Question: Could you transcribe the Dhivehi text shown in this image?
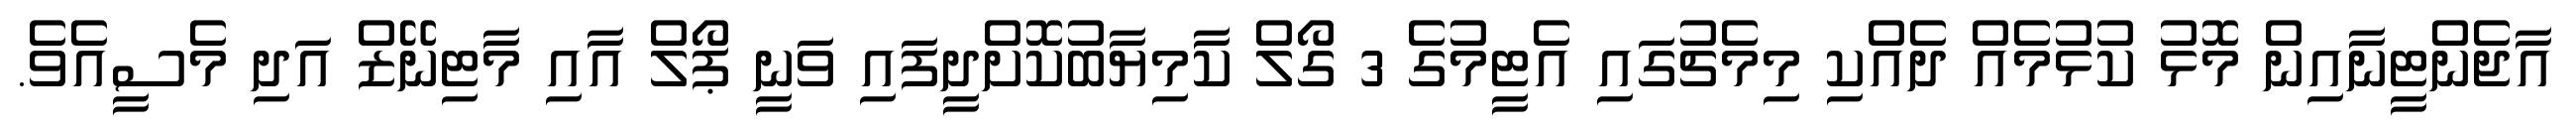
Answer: އާޖެންޓީނާއިން މޮޅު ކުޅުމެއް ދެއްކި މިމެޗުގައި އެޓީމުގެ 3 ގޯލް ކާމިޔާބުކޮށްދީފައި ވަނީ ޕޯލް އާއި މާޓިނޭޒް އަދި މެސީއެވެ.